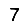
Digit: 7